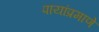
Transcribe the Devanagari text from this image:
पायांप्रमाणे